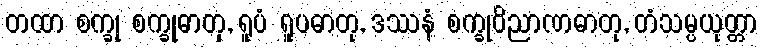
တထာ စက္ခု စက္ခုဓာတု, ရူပံ ရူပဓာတု, ဒဿနံ စက္ခုဝိညာဏဓာတု, တံသမ္ပယုတ္တာ